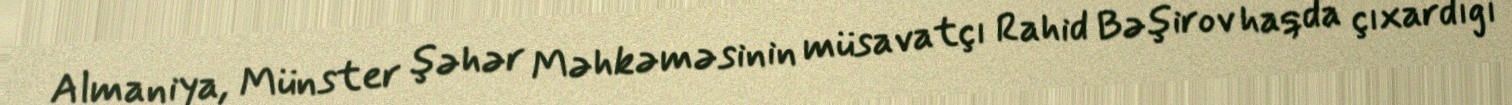
Almaniya, Münster şəhər Məhkəməsinin müsavatçı Rahid Bəşirov haqda çıxardığı